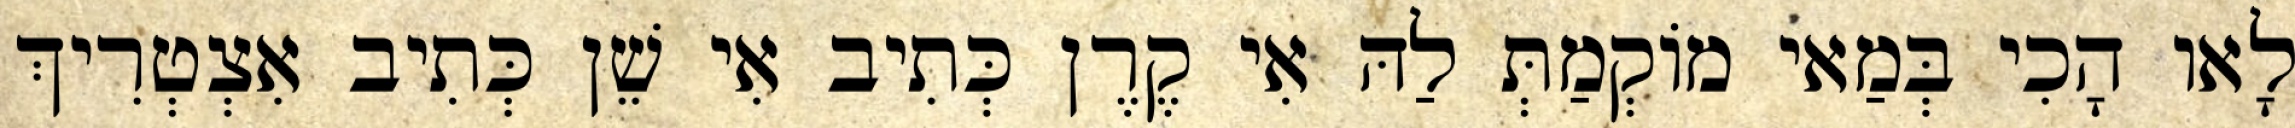
לָאו הָכִי בְּמַאי מוֹקְמַתְּ לַהּ אִי קֶרֶן כְּתִיב אִי שֵׁן כְּתִיב אִצְטְרִיךְ